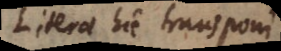
Literae hic transponi